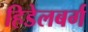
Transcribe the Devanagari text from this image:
हिडेलबर्ग